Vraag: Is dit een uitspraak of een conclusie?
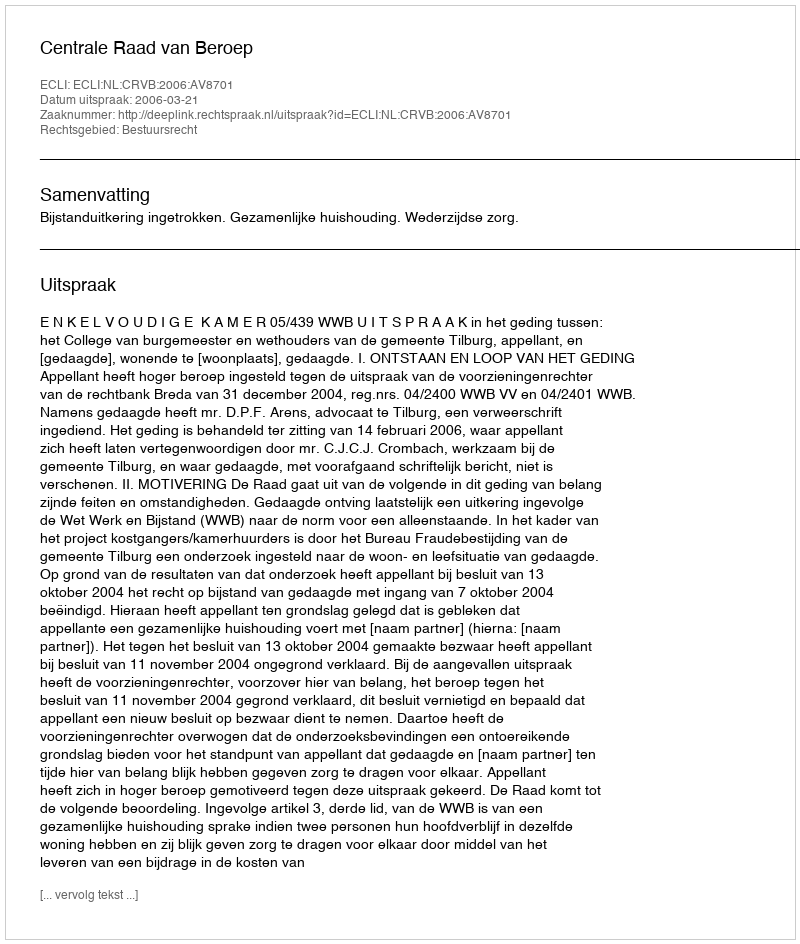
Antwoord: Uitspraak